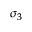
\sigma _ { 3 }